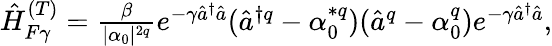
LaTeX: \begin{array}{r}{\hat{H}_{F\gamma}^{(T)}=\frac{\beta}{|\alpha_{0}|^{2q}}e^{-\gamma\hat{a}^{\dagger}\hat{a}}(\hat{a}^{\dagger q}-\alpha_{0}^{*q})(\hat{a}^{q}-\alpha_{0}^{q})e^{-\gamma\hat{a}^{\dagger}\hat{a}},}\end{array}